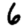
Digit: 6